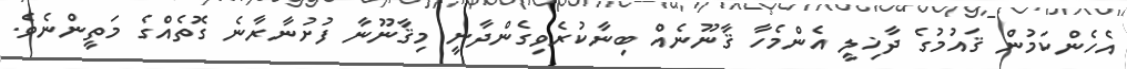
އެހެންކަމުން ޤައުމުގެ ދާޚިލީ އެންމެހާ ޤާނޫނެއް ބިނާކުރެވިގެންދާނީ މިޤާނޫނާ ފުށުނާރާނެ ގޮތެއްގެ މަތީންނެވެ.